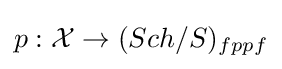
p:{\mathcal {X}}\to (Sch/S)_{fppf}